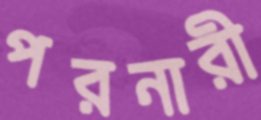
পরনারী